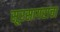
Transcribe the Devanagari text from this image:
सूरसागराचा